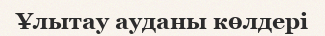
Ұлытау ауданы көлдері